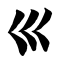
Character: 巛